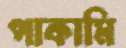
পাকামি